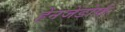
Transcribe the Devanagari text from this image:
हेनजेंडोर्फ